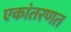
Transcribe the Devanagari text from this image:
एकांतरणत